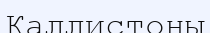
Каллистоны